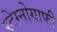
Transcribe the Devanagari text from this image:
स्टेग्नोग्राफी